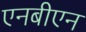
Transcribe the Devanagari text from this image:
एनबीएन